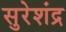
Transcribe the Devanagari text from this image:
सुरेशंद्र